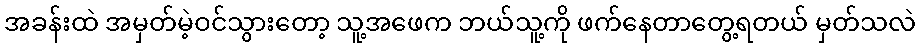
အခန်းထဲ အမှတ်မဲ့ဝင်သွားတော့ သူ့အဖေက ဘယ်သူ့ကို ဖက်နေတာတွေ့ရတယ် မှတ်သလဲ